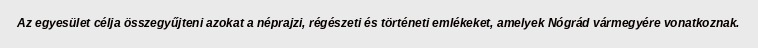
Az egyesület célja összegyűjteni azokat a néprajzi, régészeti és történeti emlékeket, amelyek Nógrád vármegyére vonatkoznak.